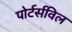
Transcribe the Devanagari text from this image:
पोर्टर्सविल